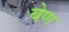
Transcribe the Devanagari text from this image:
बेण